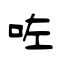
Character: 咗